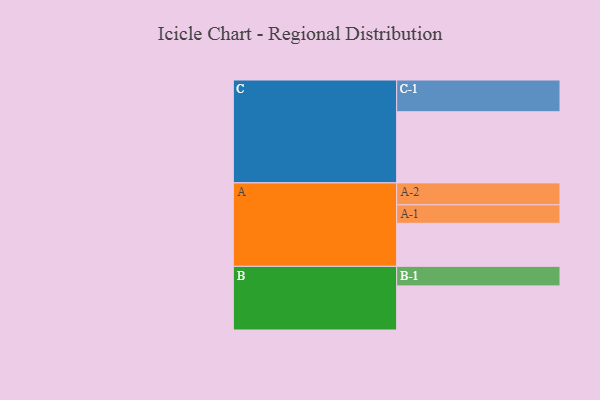
{"axis": {"x": "Segment", "y": "Value"}, "legend": ["", "A", "B", "C"], "data": [{"x": "A", "y": 328, "type": ""}, {"x": "B", "y": 336, "type": ""}, {"x": "C", "y": 542, "type": ""}, {"x": "A-1", "y": 141, "type": "A"}, {"x": "A-2", "y": 167, "type": "A"}, {"x": "B-1", "y": 149, "type": "B"}, {"x": "C-1", "y": 242, "type": "C"}]}